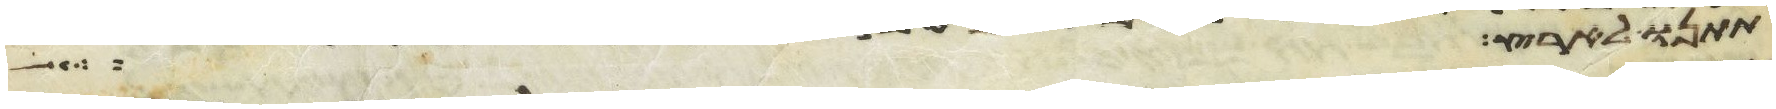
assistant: תתנו לארץ